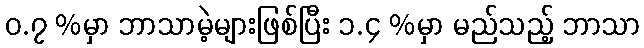
ဝ.၇ %မှာ ဘာသာမဲ့များဖြစ်ပြီး ၁.၄ %မှာ မည်သည့် ဘာသာ